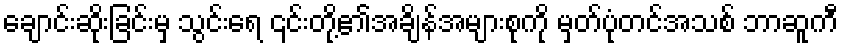
ချောင်းဆိုးခြင်းမှ သွင်းရေ ၎င်းတို့၏အချိန်အများစုကို မှတ်ပုံတင်အသစ် ဘာဆူကီ